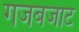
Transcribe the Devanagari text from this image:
गजबजाट